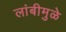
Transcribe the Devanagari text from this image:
लांबीमुळे